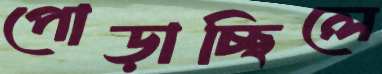
পোড়াচ্ছিলে